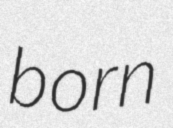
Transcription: born